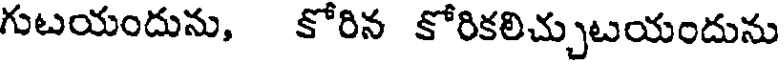
గుటయందును, కోరిన కోరికలిచ్చుటయందును